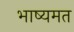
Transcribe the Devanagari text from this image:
भाष्यमत